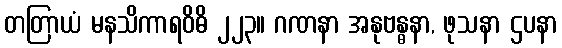
တတြာယံ မနသိကာရဝိဓိ ၂၂၃။ ဂဏနာ အနုဗန္ဓနာ, ဖုသနာ ဌပနာ